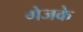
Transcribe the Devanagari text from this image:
गेजके